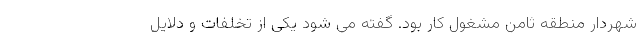
شهردار منطقه ثامن مشغول کار بود. گفته می شود یکی از تخلفات و دلایل